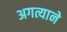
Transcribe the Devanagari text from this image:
अगत्याने